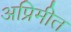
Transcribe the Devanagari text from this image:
अप्रिमीत